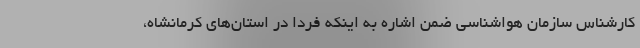
کارشناس سازمان هواشناسی ضمن اشاره به اینکه فردا در استان‌های کرمانشاه،